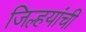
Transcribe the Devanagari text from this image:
जिल्हयांची